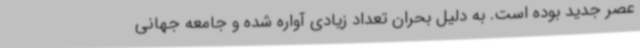
عصر جدید بوده است. به دلیل بحران تعداد زیادی آواره شده و جامعه جهانی